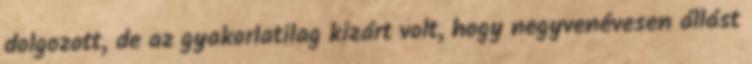
dolgozott, de az gyakorlatilag kizárt volt, hogy negyvenévesen állást